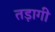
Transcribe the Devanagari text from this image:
तड़ागी